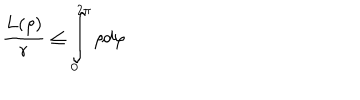
LaTeX: \frac { L ( \rho ) } { r } \leq \int _ { 0 } ^ { 2 \pi } \rho d \varphi